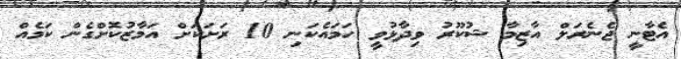
އެޓާނީ ޖެނެރަލް އާޒިމާ ޝުކޫރު ވިދާޅުވީ ހަމައެކަނި 10 ރަށަކަށް އަމާޒުކޮށްގެން ކަމެއް